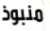
منبوذ